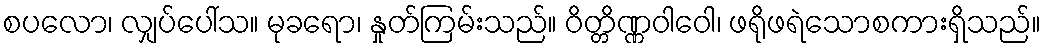
စပလော၊ လျှပ်ပေါ်သ။ မုခရော၊ နှုတ်ကြမ်းသည်။ ဝိတ္တိဏ္ဏဝါဝေါ၊ ဖရိုဖရဲသောစကားရှိသည်။